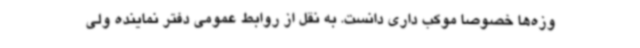
وزه‌ها خصوصا موکب داری دانست. به نقل از روابط عمومی دفتر نماینده ولی